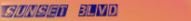
sunset blvd